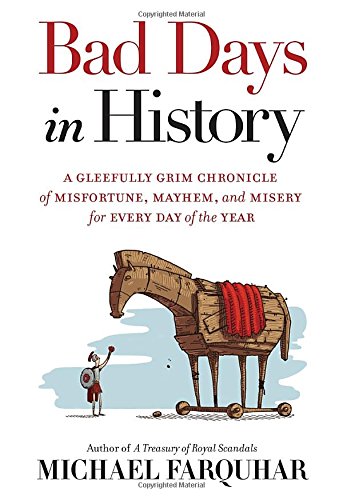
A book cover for Bad Days in History: A Gleefully Grim Chronicle of Misfortune, Mayhem, and Misery for Every Day of the Year; Michael Farquhar; Humor & Entertainment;